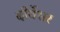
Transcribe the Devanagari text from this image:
दीर्घेश्वर